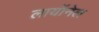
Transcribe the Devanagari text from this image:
लायॉनेल